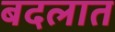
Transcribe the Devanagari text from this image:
बदलात